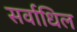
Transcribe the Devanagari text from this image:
सर्वाधिल